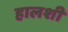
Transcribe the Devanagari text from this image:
हालशी